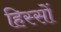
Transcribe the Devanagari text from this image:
हिस्‍सों